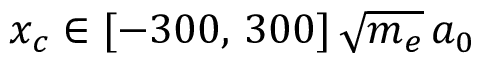
x _ { c } \in [ - 3 0 0 , \, 3 0 0 ] \, \sqrt { m _ { e } } \, a _ { 0 }